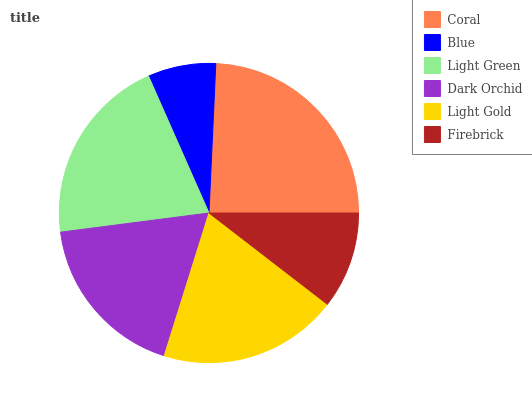
| Coral | Blue | Light Green | Dark Orchid | Light Gold | Firebrick |
 | --- | --- | --- | --- | --- | --- |
 | 24.3% | 7.33% | 20.4% | 18.1% | 19.4% | 10.4% |